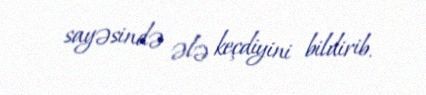
sayəsində ələ keçdiyini bildirib.